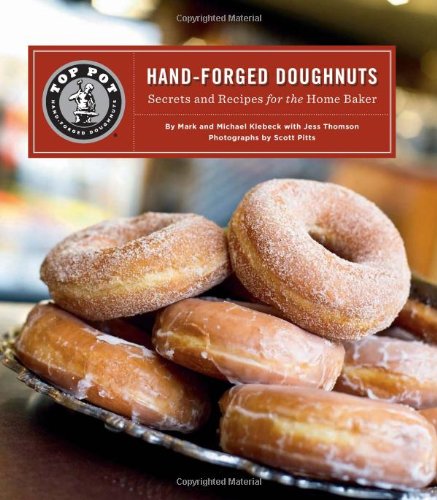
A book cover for Top Pot Hand-Forged Doughnuts: Secrets and Recipes for the Home Baker; Mark Klebeck; Cookbooks, Food & Wine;